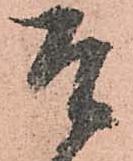
そ